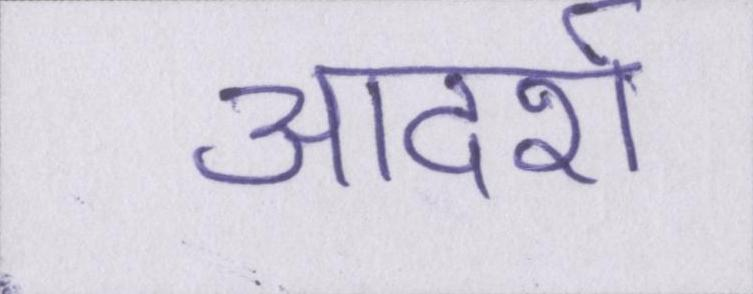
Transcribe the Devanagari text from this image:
आदर्श